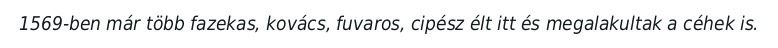
1569-ben már több fazekas, kovács, fuvaros, cipész élt itt és megalakultak a céhek is.